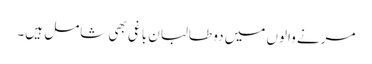
مرنے والوں میں دو طالبان باغی بھی شامل ہیں۔